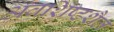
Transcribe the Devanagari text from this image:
अवशिष्टशैल